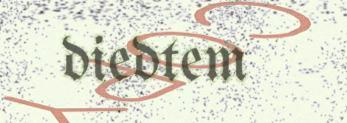
diedtem